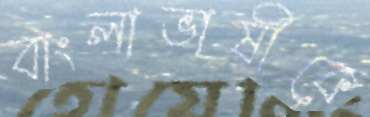
বাংলাভাষীকে